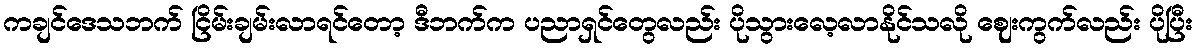
ကချင်ဒေသဘက် ငြိမ်းချမ်းလာရင်တော့ ဒီဘက်က ပညာရှင်တွေလည်း ပိုသွားလေ့လာနိုင်သလို ဈေးကွက်လည်း ပိုပြီး